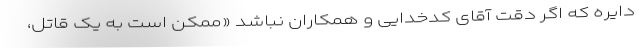
دایره که اگر دقت آقای کدخدایی و همکاران نباشد «ممکن است به یک قاتل،